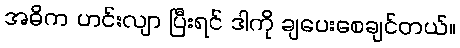
အဓိက ဟင်းလျာ ပြီးရင် ဒါကို ချပေးစေချင်တယ်။